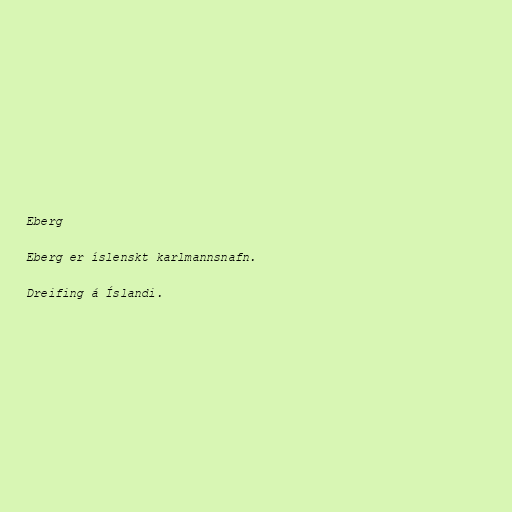
Eberg

Eberg er íslenskt karlmannsnafn.

Dreifing á Íslandi.